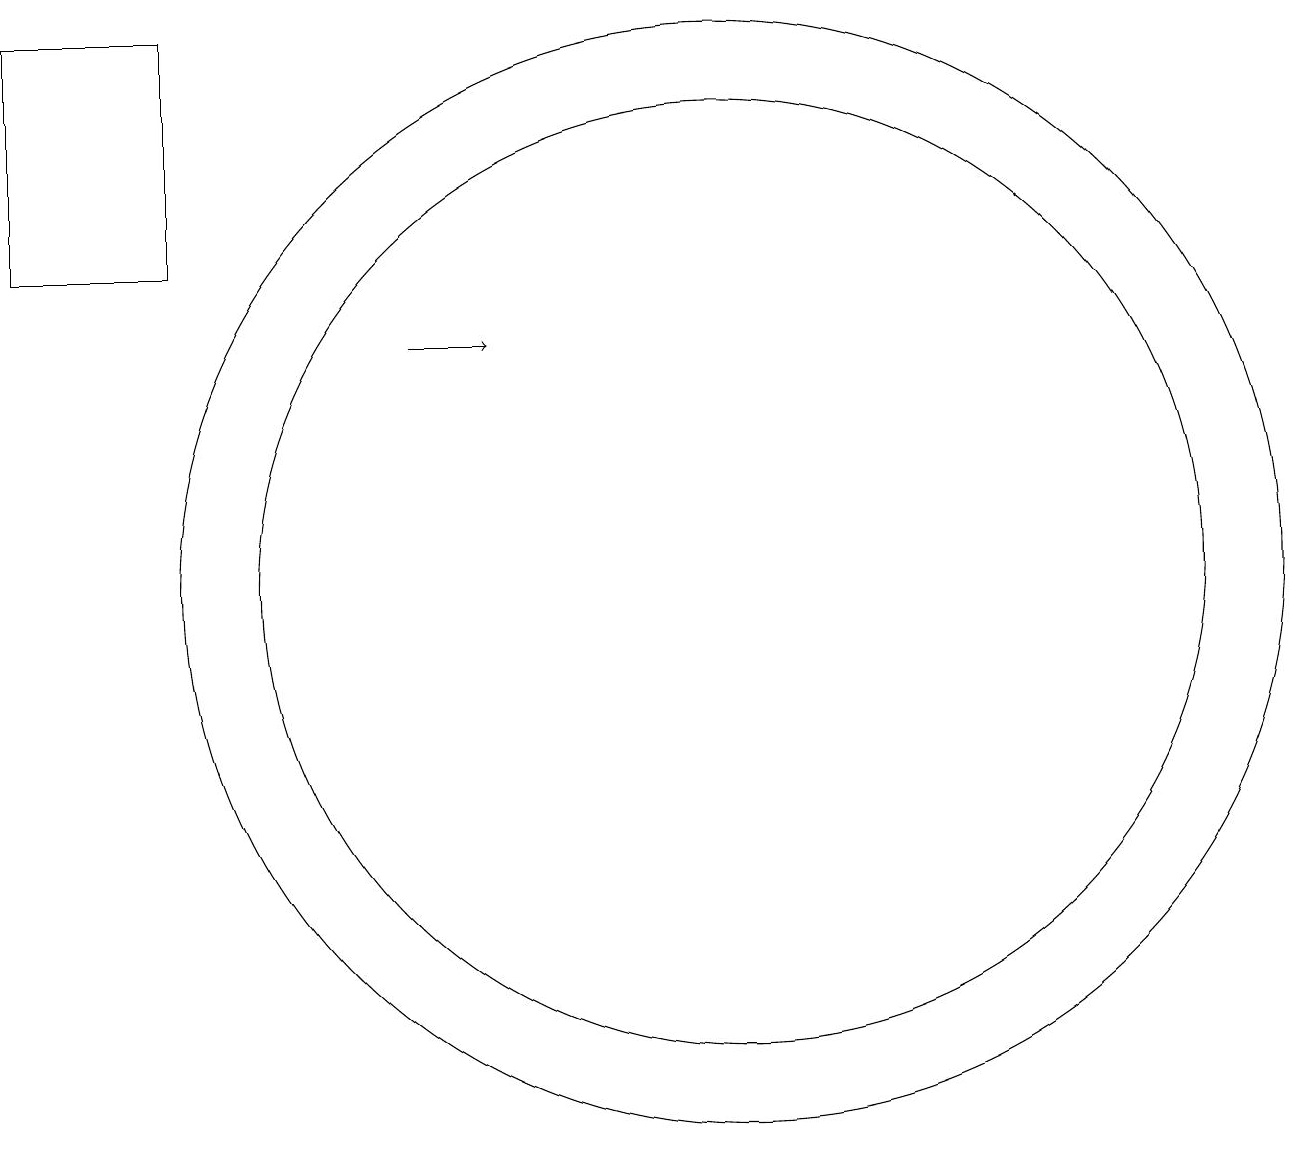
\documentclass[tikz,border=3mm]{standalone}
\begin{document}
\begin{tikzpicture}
\draw (4,18) rectangle (2,15);
\draw (11,11) circle (6);
\draw[->] (7,14) -- (8,14);
\draw (11,11) circle (7);
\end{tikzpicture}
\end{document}